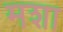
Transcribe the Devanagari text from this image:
मशा